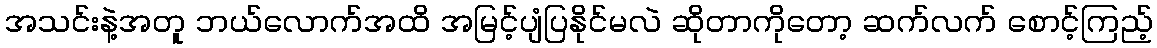
အသင်းနဲ့အတူ ဘယ်လောက်အထိ အမြင့်ပျံပြနိုင်မလဲ ဆိုတာကိုတော့ ဆက်လက် စောင့်ကြည့်